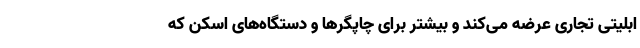
ابلیتی تجاری عرضه می‌کند و بیشتر برای چاپگرها و دستگاه‌های اسکن که